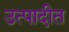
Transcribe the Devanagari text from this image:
उत्पादीत